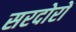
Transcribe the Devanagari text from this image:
सरदोरों